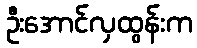
ဦးအောင်လှထွန်းက